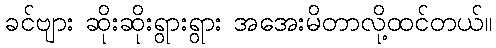
ခင်ဗျား ဆိုးဆိုးရွားရွား အအေးမိတာလို့ထင်တယ်။